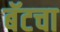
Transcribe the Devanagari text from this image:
बॅटचा